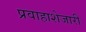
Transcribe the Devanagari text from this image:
प्रवाहाशेजारी